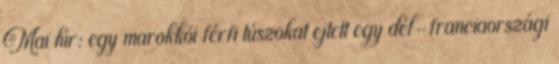
Mai hír: egy marokkói férfi túszokat ejtett egy dél-franciaországi